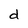
Character: d